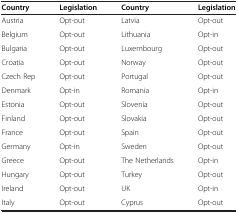
| Country | Legislation | Country | Legislation |
 | --- | --- | --- | --- |
 | Austria | Opt-out | Latvia | Opt-out |
 | Belgium | Opt-out | Lithuania | Opt-in |
 | Bulgaria | Opt-out | Luxembourg | Opt-out |
 | Croatia | Opt-out | Norway | Opt-out |
 | Czech Rep | Opt-out | Portugal | Opt-out |
 | Denmark | Opt-in | Romania | Opt-in |
 | Estonia | Opt-out | Slovenia | Opt-out |
 | Finland | Opt-out | Slovakia | Opt-out |
 | France | Opt-out | Spain | Opt-out |
 | Germany | Opt-in | Sweden | Opt-out |
 | Greece | Opt-out | The Netherlands | Opt-in |
 | Hungary | Opt-out | Turkey | Opt-out |
 | Ireland | Opt-out | UK | Opt-in |
 | Italy | Opt-out | Cyprus | Opt-out |